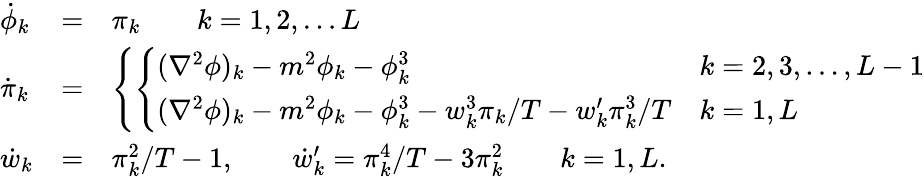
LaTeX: \begin{array}{lcl}{{\dot{\phi}_{k}}}&{{=}}&{{\pi_{k}\qquad k=1,2,\ldots L}}\\ {{\dot{\pi}_{k}}}&{{=}}&{{\left\{ \left\{ \begin{array}{ll}{{(\nabla^{2}\phi)_{k}-m^{2}\phi_{k}-\phi_{k}^{3}}}&{{k=2,3,\ldots,L-1}}\\ {{(\nabla^{2}\phi)_{k}-m^{2}\phi_{k}-\phi_{k}^{3}-w_{k}^{3}\pi_{k}/T-w_{k}^{\prime}\pi_{k}^{3}/T}}&{{k=1,L}}\end{array}\right.\right.}}\\ {{\dot{w}_{k}}}&{{=}}&{{\pi_{k}^{2}/T-1,\qquad\dot{w}_{k}^{\prime}=\pi_{k}^{4}/T-3\pi_{k}^{2}\qquad k=1,L.}}\end{array}